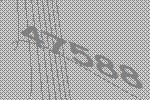
47588